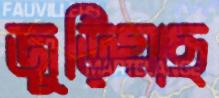
জুড়িয়াছ